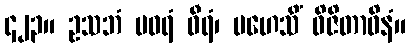
၄၂၃။ ဥသဘံ ပဝရံ ဝီရံ၊ မဟေသိံ ဝိဇိတာဝိနံ။